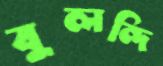
বুলন্দি